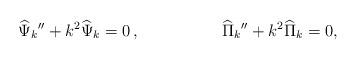
LaTeX: \begin{align*}{\widehat\Psi}_k{''}+k^2{\widehat\Psi}_k = 0 \, , ~~~~~~~~~~~~~~~{\widehat\Pi}_k{''}+ k^2 {\widehat\Pi}_k = 0,\end{align*}